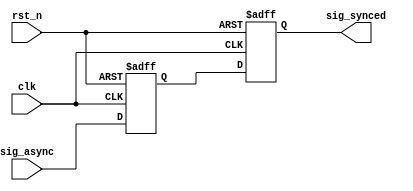
///////////////////////////////////////////////////////////////////////////////
//
// Copyright (c) 2019 PANGO MICROSYSTEMS, INC
// ALL RIGHTS REVERVED.
//
// THE SOURCE CODE CONTAINED HEREIN IS PROPRIETARY TO PANGO MICROSYSTEMS, INC.
// IT SHALL NOT BE REPRODUCED OR DISCLOSED IN WHOLE OR IN PART OR USED BY
// PARTIES WITHOUT WRITTEN AUTHORIZATION FROM THE OWNER.
//
///////////////////////////////////////////////////////////////////////////////
//
// Library:
// Filename:
///////////////////////////////////////////////////////////////////////////////
`timescale 1ns/1ps
module ipml_hsst_rst_sync_v1_0
    (
     input                  clk,
     input                  rst_n,

     input                  sig_async,
     output reg             sig_synced
    );

//
reg                      sig_async_ff;

//single bit
always@(posedge clk or negedge rst_n)
begin
    if (!rst_n)
        sig_async_ff <= 1'b0;
    else
        sig_async_ff <= sig_async;
end

always@(posedge clk or negedge rst_n)
begin
    if (!rst_n)
        sig_synced <= 1'b0;
    else
        sig_synced <= sig_async_ff;
end

endmodule